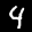
Label: 4